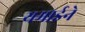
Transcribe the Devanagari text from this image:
यमाईने